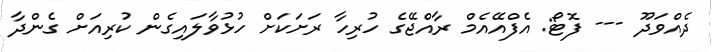
ދެއްވަދޫ --- ފޮޓޯ: އެފްއޭއެމް ރާއްޖޭގެ ހުރިހާ ރަށަކަަށް ހުޅުވާލައިގެން ކުރިއަށް ގެންދާ